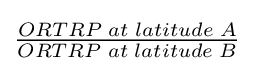
{\begin{matrix}{\frac {ORTRP\;at\;latitude\;A}{ORTRP\;at\;latitude\;B}}\end{matrix}}